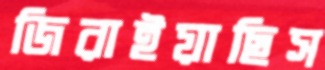
জিরাইয়াছিস